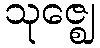
သုဇ္ဈေ